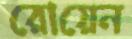
রোয়েন